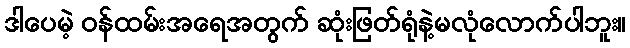
ဒါပေမဲ့ ဝန်ထမ်းအရေအတွက် ဆုံးဖြတ်ရုံနဲ့မလုံလောက်ပါဘူး။